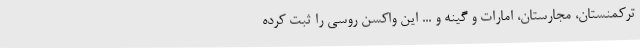
ترکمنستان، مجارستان، امارات و گینه و ... این واکسن روسی را ثبت کرده‌